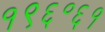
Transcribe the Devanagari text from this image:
१९६॰६१